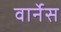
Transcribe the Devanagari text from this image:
वार्नेस